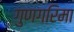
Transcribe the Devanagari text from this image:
गुणगरिमा